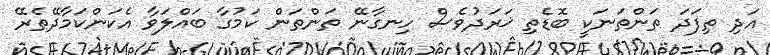
އަދި ތިފަދަ ތަންތަނަކީ ބޮޑެތި ޚަރަދުވެސް ހިނގާނޭ ތަންތަން ކަމުގާ ބައްލަވާ އެކަންކަމާދޭތެރޭ